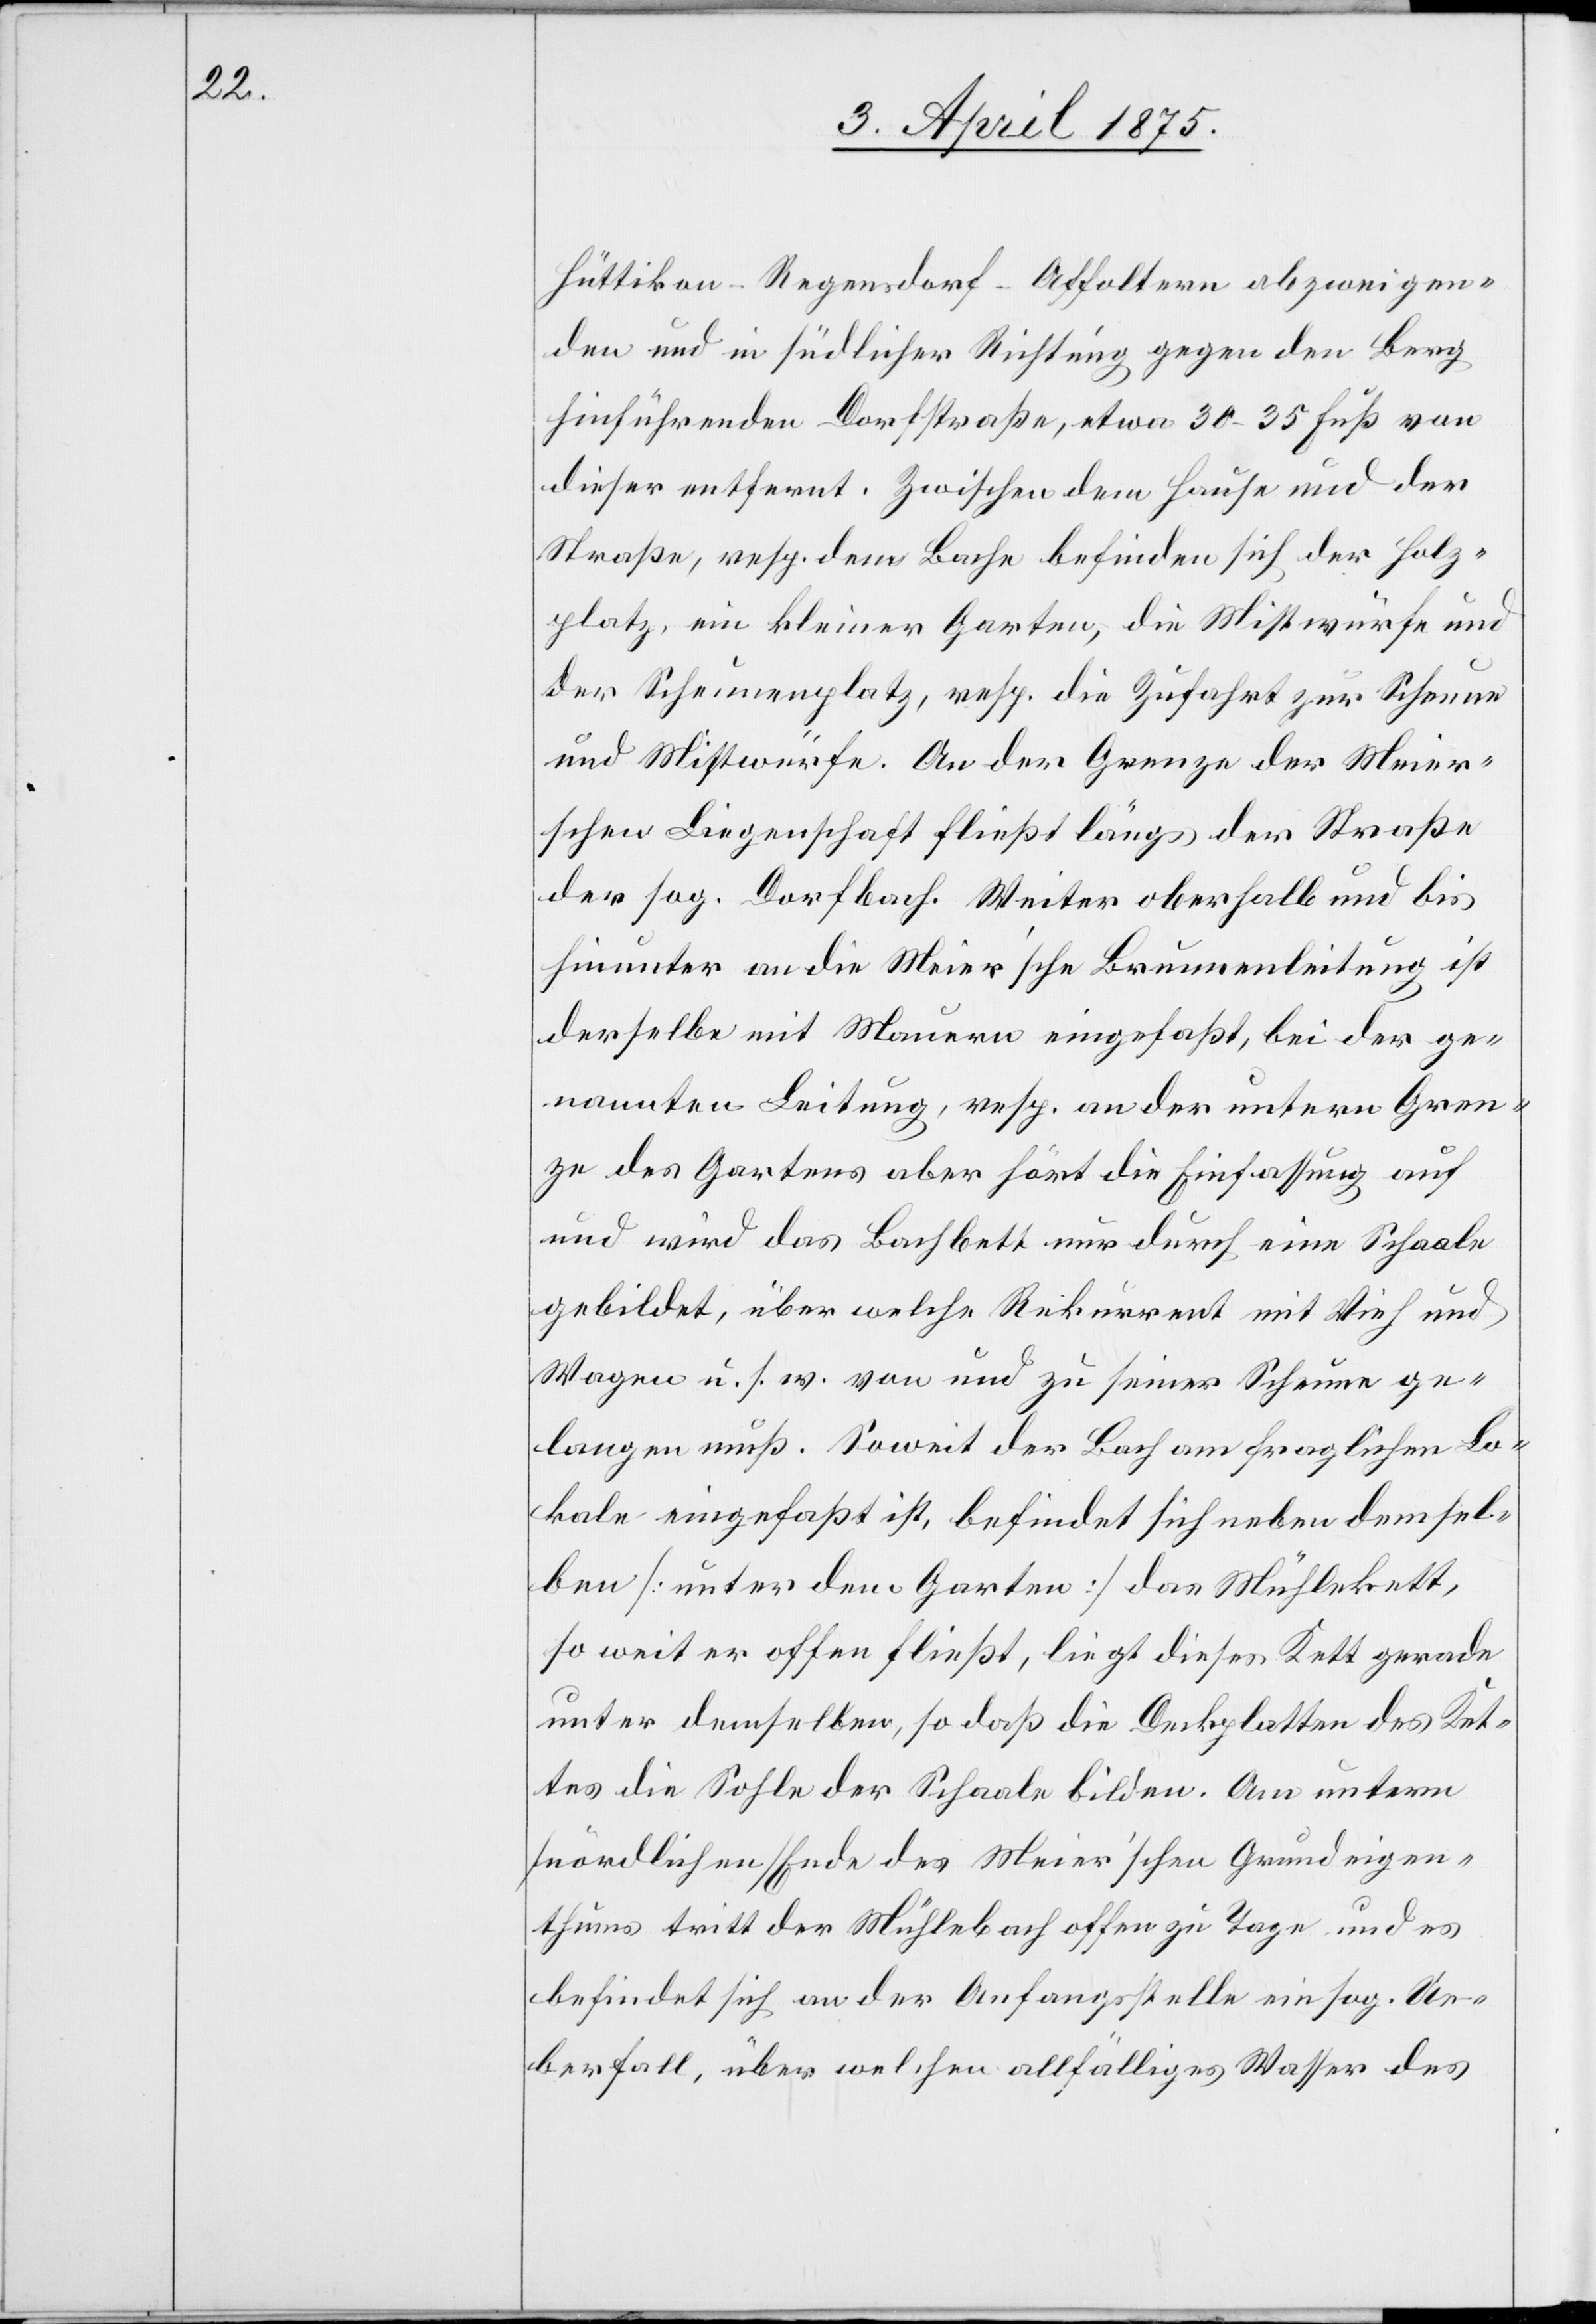
Hüttikon–Regensdorf–Affoltern abzweigen¬
den und in südlicher Richtung gegen den Berg
hinführenden Dorfstraße, etwa 30–35 Fuß von
dieser entfernt. Zwischen dem Hause und der
Straße, resp. dem Bache befinden sich der Holz¬
platz, ein kleiner Garten, die Mistwürfe und
der Scheunenplatz, resp. die Zufahrt zur Scheune
und Mistwürfe. An der Grenze der Meier¬
schen Liegenschaft fließt längs der Straße
der sog. Dorfbach. Weiter oberhalb und bis
hinunter an die Meier’sche Brunnenleitung ist
derselbe mit Mauern eingefaßt, bei der ge¬
nannten Leitung, resp. an der untern Gren¬
ze des Gartens aber hört die Einfassung auf
und wird das Bachbett nur durch eine Schaale
gebildet, über welche Rekurrent mit Vieh und
Wagen u. s. w. von und zu seiner Scheune ge¬
langen muß. Soweit der Bach am fraglichen Lo¬
kale eingefaßt ist, befindet sich neben demsel¬
ben [unter dem Garten] das Mühlekett,
so weit er offen fließt, liegt dieses Kett gerade
unter demselben, so daß die Deckplatten des Ket¬
tes die Sohle der Schaale bilden. Am untern
nördlichen Ende des Meier’schen Grundeigen¬
thums tritt der Mühlebach offen zu Tage und es
befindet sich an der Anfangsstelle ein sog. Ue¬
berfall, über welchen allfälliges Wasser des